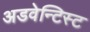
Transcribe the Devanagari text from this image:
अडवेन्टिस्ट